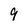
Character: 9